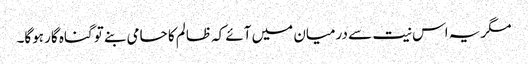
مگر یہ اس نیت سے درمیان میں آئے کہ ظالم کا حامی بنے تو گناہ گار ہوگا۔